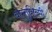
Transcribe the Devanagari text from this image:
वास्‍तुशिल्‍पी